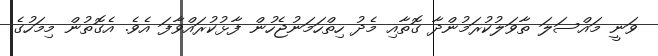
ވަނީ މައްސަލަ ތާވަލުކުރަމުންދާ ގޮތާއި މެދު ހިތްހަމަނުޖެހުން ފާޅުކުރައްވާފަ އެވެ. އެގޮތުން މިމަހުގެ